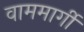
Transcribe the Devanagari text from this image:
वाममार्गी